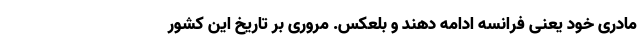
مادری خود یعنی فرانسه ادامه دهند و بلعکس. مروری بر تاریخ این کشور